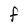
Character: F